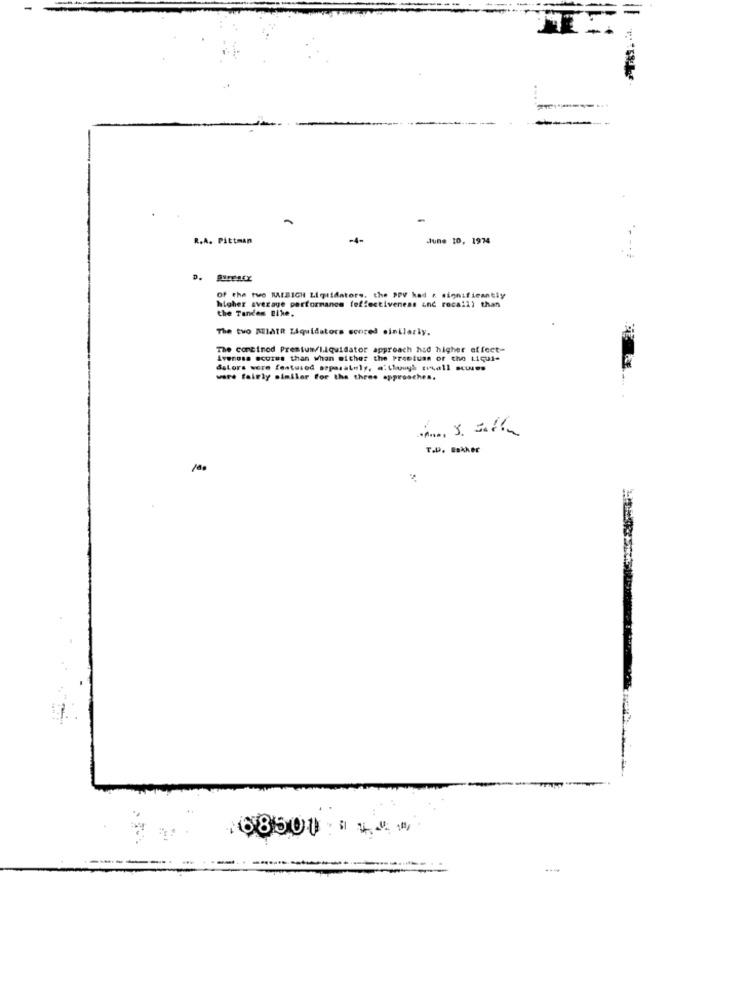
=
-
R.A. Pittman
-1-
June 10, 1974
D.
of the two RAIBIGH Liquidators. the PPV had & significantly
higher average performance feffectiveness inc rocail) than
the Tandem Bike.
The two MIAIR Liquidators scored einilariy.
The contined Prestum/Liquidator approach had higher effect-
Avenosa scores than whan either the Premiums or the Liqui-
daLors were featured separately, although creall scuses
ware fairly similor For the three approaches.
T.D. Bakker
:68500 : " 14#